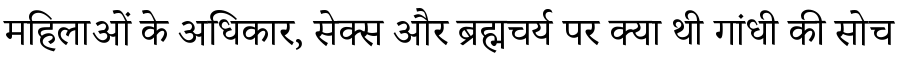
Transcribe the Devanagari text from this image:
महिलाओं के अधिकार, सेक्स और ब्रह्मचर्य पर क्या थी गांधी की सोच